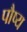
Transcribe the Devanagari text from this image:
पौष्य